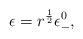
LaTeX: \begin{align*}\epsilon =r^{\frac{1}{2}}\epsilon _{-}^{0},\end{align*}